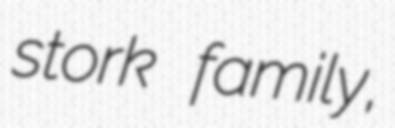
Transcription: stork family,